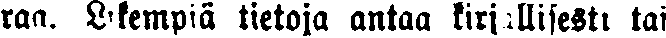
raa. Likempiä tietoja antaa kirjallisesti tai